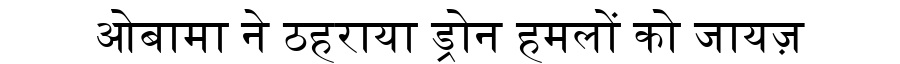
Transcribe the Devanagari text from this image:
ओबामा ने ठहराया ड्रोन हमलों को जायज़